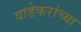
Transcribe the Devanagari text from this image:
वाडेकरांच्या